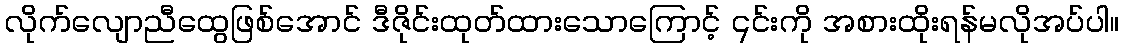
လိုက်လျောညီထွေဖြစ်အောင် ဒီဇိုင်းထုတ်ထားသောကြောင့် ၎င်းကို အစားထိုးရန်မလိုအပ်ပါ။